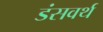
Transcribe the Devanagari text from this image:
डंसवर्थ